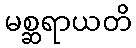
မစ္ဆရာယတိ